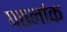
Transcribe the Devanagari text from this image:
पठनांक